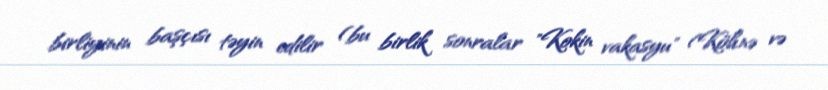
birliyinin başçısı təyin edilir (bu birlik sonralar "Kokin vakasyu" (Köhnə və